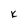
Character: k